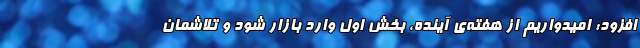
افزود: امیدواریم از هفته‌ی آینده، بخش اول وارد بازار شود و تلاشمان